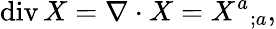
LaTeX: \operatorname{div}X=\nabla\cdot X={X^{a}}_{;a},